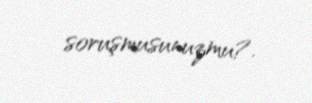
soruşmusunuzmu?.